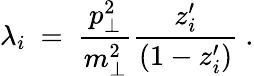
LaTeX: \lambda_{i}\ =\ {\frac{p_{\perp}^{2}}{m_{\perp}^{2}}}{\frac{z_{i}^{\prime}}{(1-z_{i}^{\prime})}}\ .